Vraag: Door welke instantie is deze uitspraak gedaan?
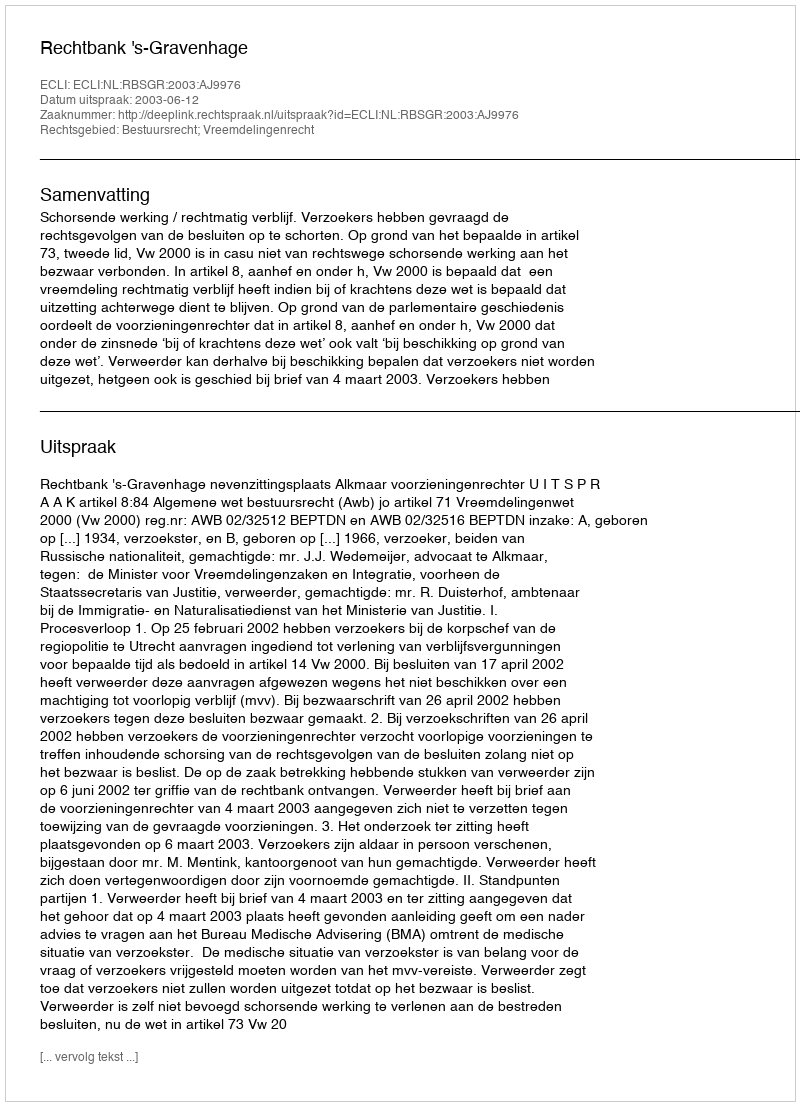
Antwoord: Rechtbank 's-Gravenhage